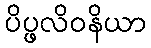
ပိပ္ဖလိဝနိယာ